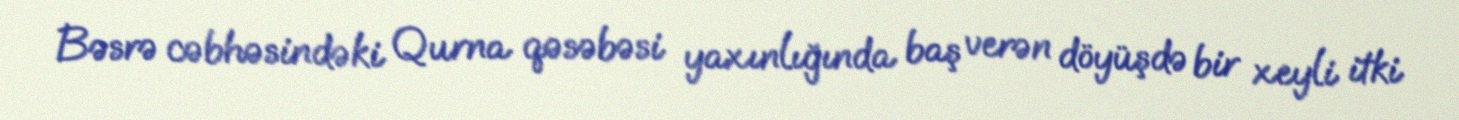
Bəsrə cəbhəsindəki Qurna qəsəbəsi yaxınlığında baş verən döyüşdə bir xeyli itki